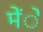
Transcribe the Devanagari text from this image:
मेंे